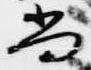
尚